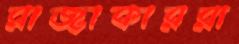
রাজাকাররা